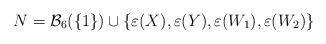
LaTeX: \begin{align*} N=\mathcal{B}_6(\{1\})\cup \{\varepsilon(X),\varepsilon(Y),\varepsilon(W_1),\varepsilon(W_{2})\} \end{align*}